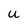
Character: U